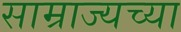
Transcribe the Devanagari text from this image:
साम्राज्यच्या